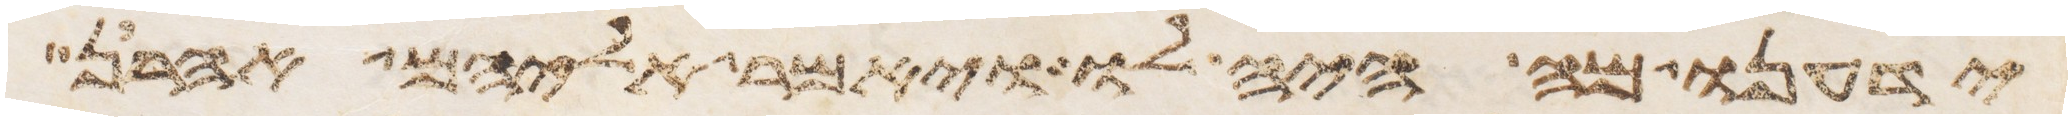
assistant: ידענו מה היה לו ויאמר אליהם אהרן